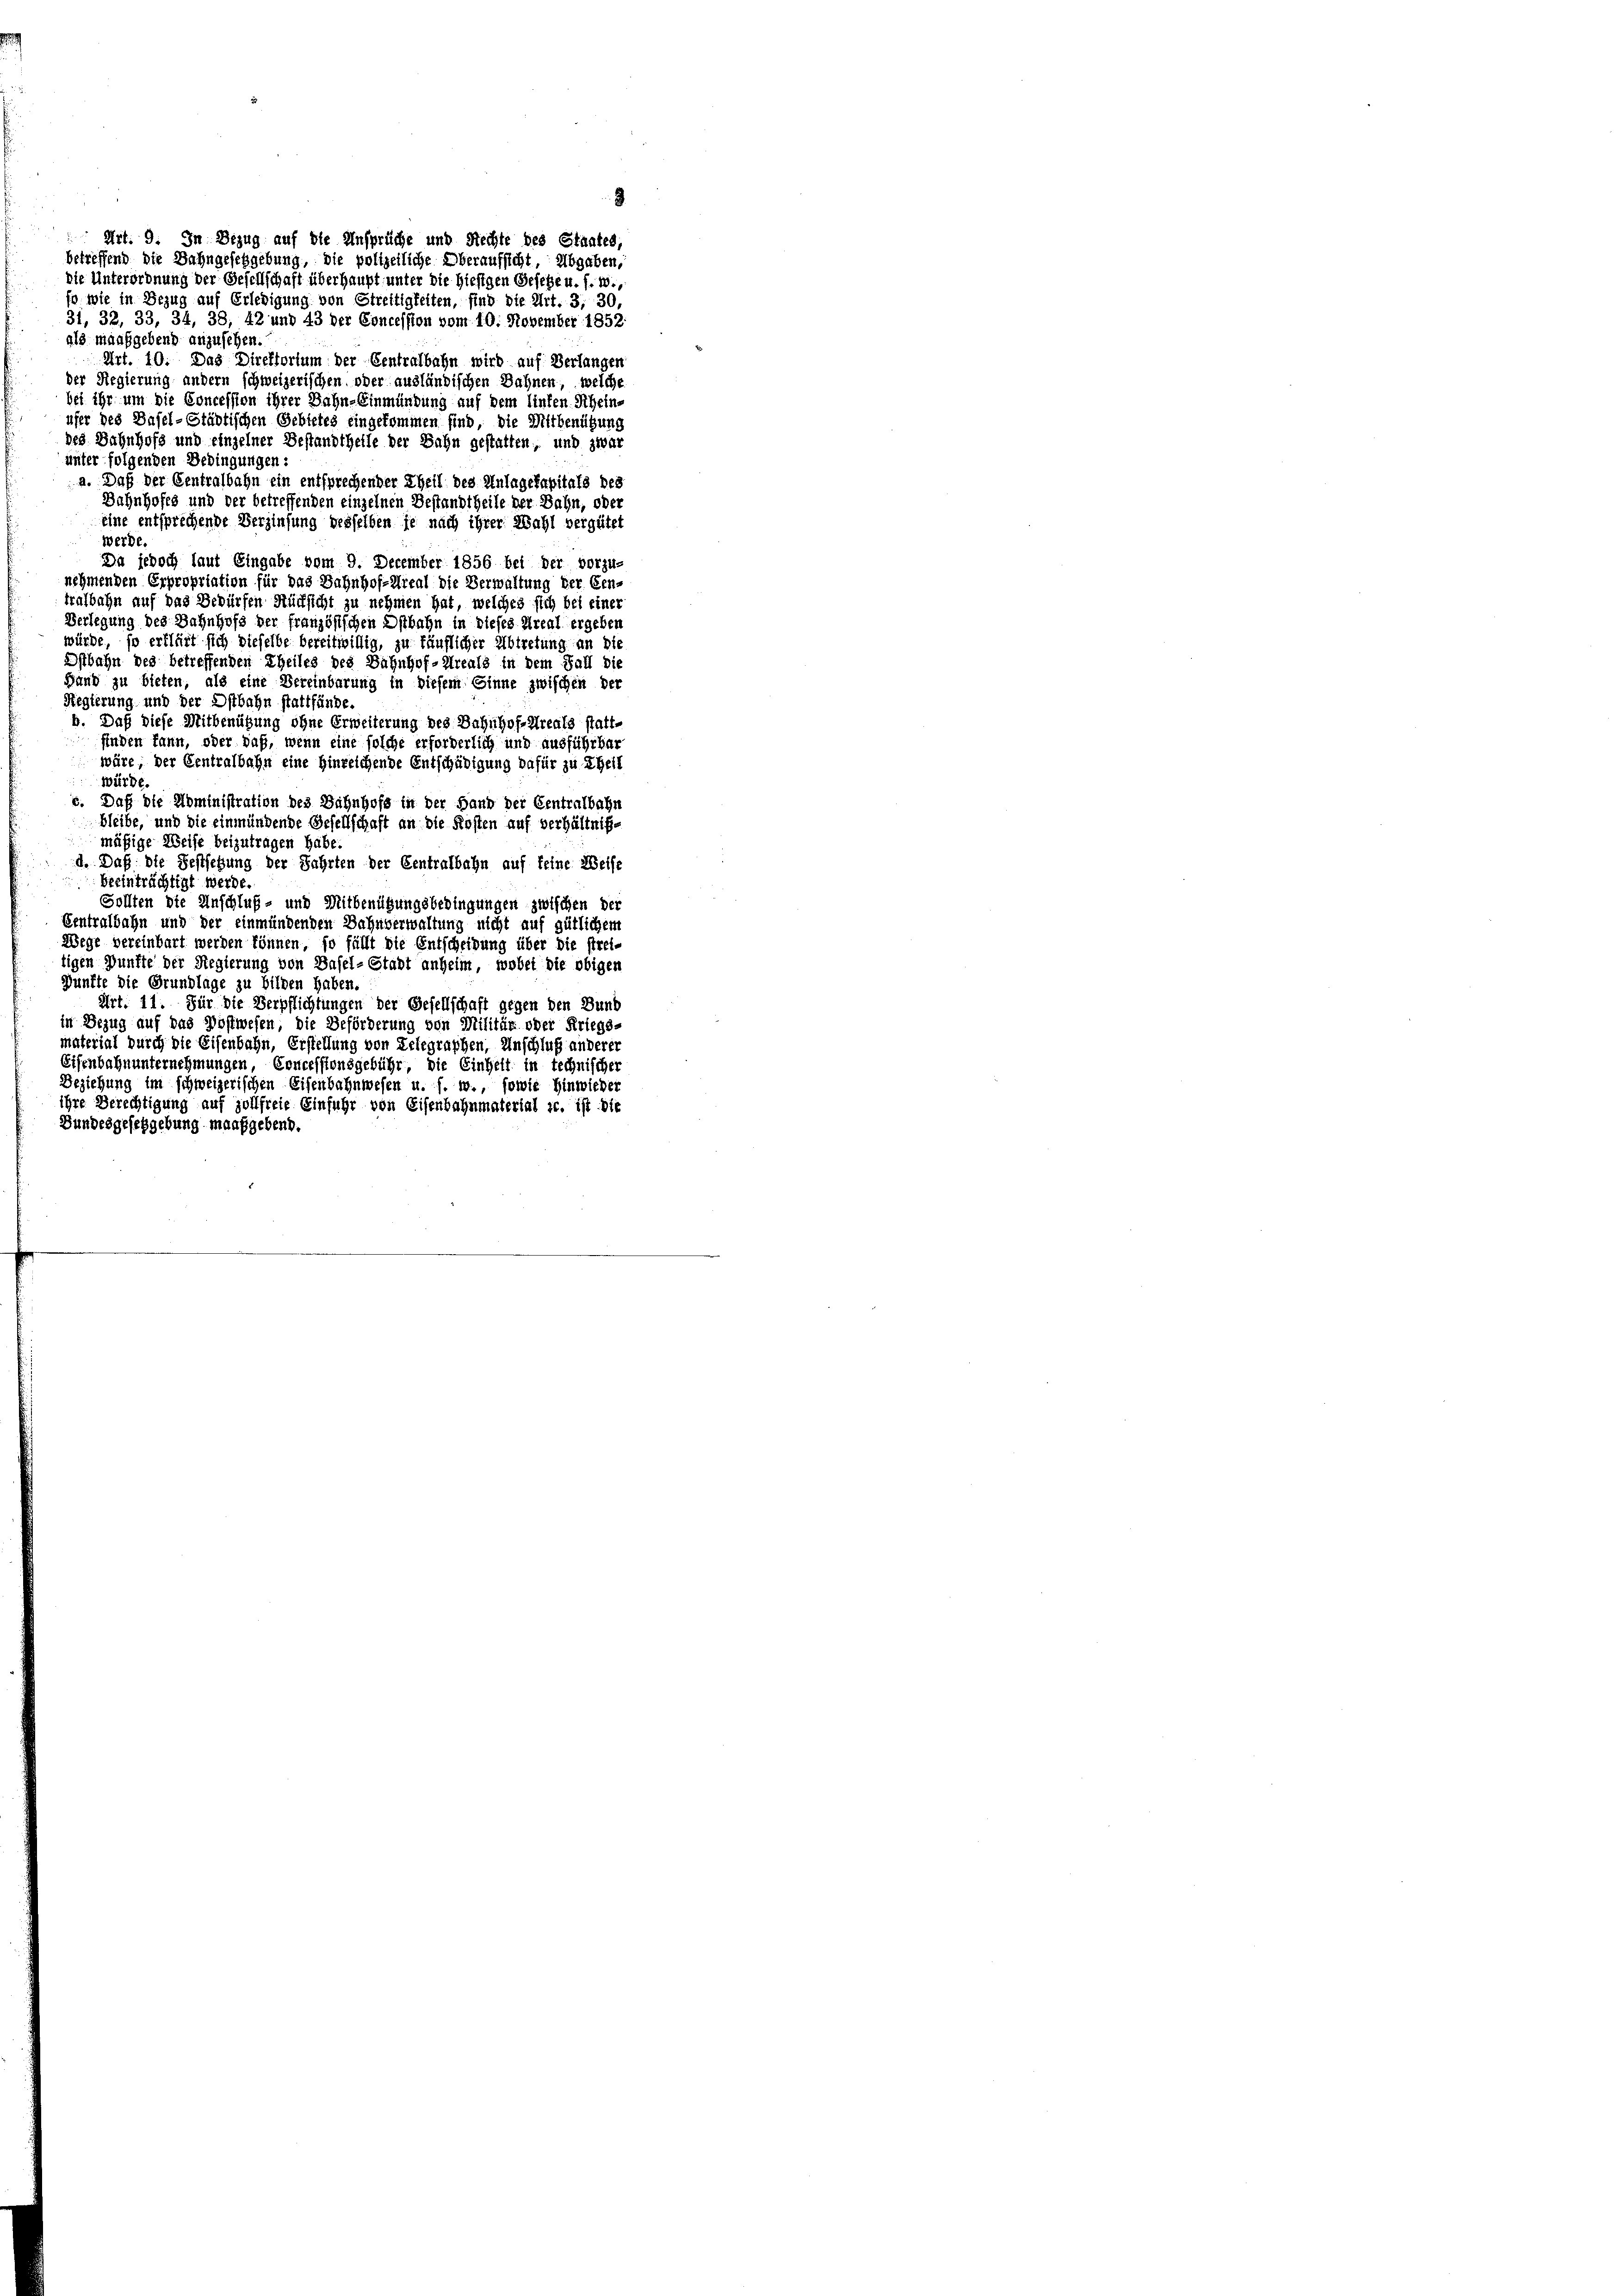
31, 32, 33, 34, 38, 42 und 43 der Concession vom 10. November 1852:
Art. 10. Das Direktorium der Centralbahn wird auf Verlangen
der Regierung andern schweizerischen oder ausländischen Bahnen, welche
bei ihr um die Concession ihrer Bahn-Einmündung auf dem linken Schein-
ufer des Dasel-Städtischen Gebietes eingekommen sind, die Mitbenützung
des Bahnhofs und einzelner Bestandtheile der Bahn gestatten, und zwar
unter folgenden Bedingungen:
a. Daß der Centralbahn ein entsprechender Theil des Anlagekapitals des
Dahnhofes und der betreffenden einzelnen Bestandtheile der Bahn, oder
eine entsprechende Verzinsung desselben je nach ihrer Wahl vergütet
Werde.
Da jedoch laut Eingabe vom 9. December 1856 bei der vorzu
nehmenden Erpropriation für das Bahnhof-Areal die Verwaltung der Cen-
trafbahn auf das Bedürfen Rücksicht zu nehmen hat, welches sich bei eine
Verlegung des Bahnhofs der französischen Ostbahn in dieses Areal ergeben
würde, so erklärt sich dieselbe bereitwillig, zu käuflicher Abtretung an die
Istbahn des betreffenden Theiles des Bahnhof-Areals in dem Fall die
Hand zu bieten, als eine Vereinbarung in diesem Sinne zwischen der
Regierung und der Ostbahn stattfände
b. Daß diese Mitbenützung ohne Erweiterung des Bahnhof-Areals stattfinden kann, oder daß, wenn eine solche erforderlich und ausführbar
wäre, der Centralbahn eine Hinreichende Entschädigung dafür zu Theil
würde.
c. Daß die Noministration des Bahnhofe in der Hand der Centralbahn
bleibe, und die einmündende Gesellschaft an die Kosten auf Verhältnißmäßige Weise beizutragen habe.
d. Daß die Festsetzung der Fahrten der Centralbahn auf keine Weise
beeinträchtigt werde.
Sollten die Anschluß- und Mitbenügungsbedingungen zwischen der
Gentralbahn und der einmündenden Bahnverwaltung nicht auf gütlichem
Wege vereinbart werden können, so fällt die Entscheidung über die strei-
tigen Dünfte der Regierung von Basel-Stadt anheim, wobei die obigen
Dünfte die Grundlage zu bilden haben.
Art. 11. Für die Verpflichtungen der Gesellschaft gegen den Dunk
in Bezug auf das Postwesen, die Beförderung von Militär oder Kriegs-
material durch die Eisenbahn, Erstellung von Telegraphen, Unschluß anderer
Eisenbahnunternehmungen, Concessionsgebühr, die Einheit in technische
Beziehung im schweizerischen Eisenbahnwesen u. s. w., sowie Hinwieder
ihre Berechtigung auf zollfreie Einfuhr von Eisenbahnmaterial ic. ist die
Bundesgesetzgebung maaßgebend.

als maaßgebend anzusehen.

die Unterordnung der Gesellschaft überhaupt unter die hiesigen Gesetze u. s. w.,
so wie in Bezug auf Erledigung von Streitigkeiten, find die Art. 3, 30,

Art. 9. In Bezug auf die Ansprüche und Rechte des Staates
betreffend die Bahngeschgebung, die polizeiliche Oberaufsicht, Abgaben,